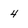
Character: 4